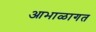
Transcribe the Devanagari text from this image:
आभाळागत